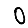
Digit: 0